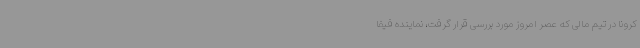
کرونا در تیم مالی که عصر امروز مورد بررسی قرار گرفت، نماینده فیفا